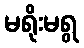
မရိုးမရွ